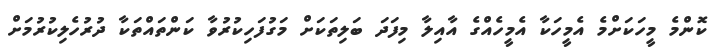
ކޮންމެ މީހަކަށްމެ އެމީހަކާ އެމީހެއްގެ އާއިލާ މިފަދަ ބަލިތަކަށް މަގުފަހިކުރުވާ ކަންތައްތަކާ ދުރުހެލިކުރުމަށް